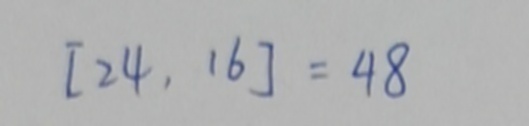
[ 2 4 , 1 6 ] = 4 8